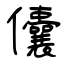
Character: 儾